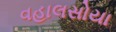
વહાલસોયા